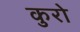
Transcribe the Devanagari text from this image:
कुरो